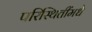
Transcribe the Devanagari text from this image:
परिस्थितींमधे